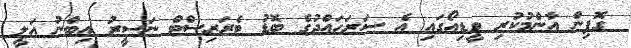
ގޮފިން އާންމުކުރި ވީޑިއޯގައި އެ ސަރަހައްދުގެ ބޮޑު ޓެރަރިސްޓް ނަސީރު އިބްނު އަލީ